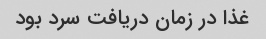
غذا در زمان دریافت سرد بود